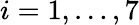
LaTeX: i=1,\dots,7